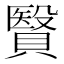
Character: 贀